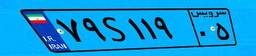
۷۹S۱۱۹۰۵